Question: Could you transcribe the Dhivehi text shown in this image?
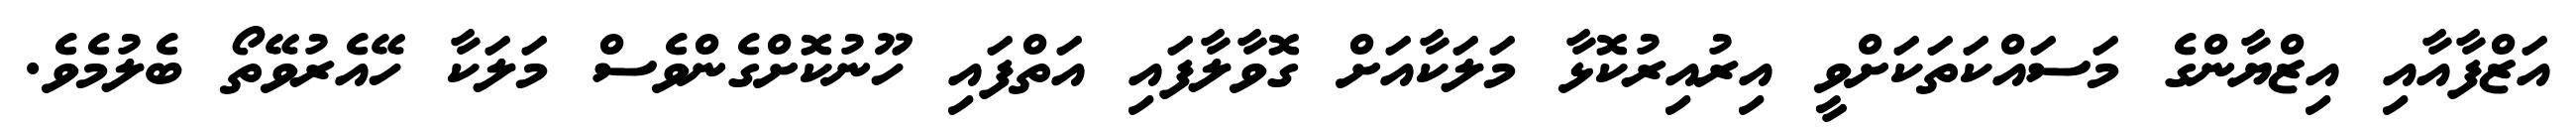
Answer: އަޒްފާއާއި އިޒްޔާންގެ މަސައްކަތަކަށްވީ އިރުއިރުކޮޅާ މަލަކާއަށް ގޮވާލާފައި އަތްފައި ހޫނުކޮށްގެންވެސް މަލަކާ ހޭއެރުވޭތޯ ބެލުމެވެ.